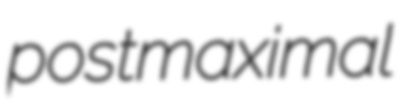
postmaximal